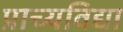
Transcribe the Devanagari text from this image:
प्राच्‍यविद्या